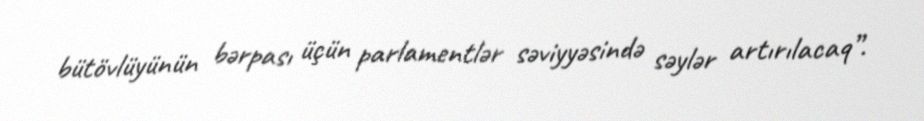
bütövlüyünün bərpası üçün parlamentlər səviyyəsində səylər artırılacaq”.